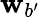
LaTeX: \mathbf{w}_{b^{\prime}}